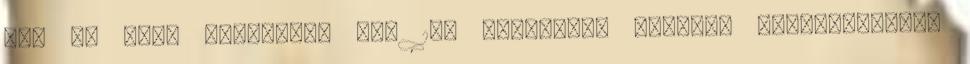
KSA 4: 75., magyarul: 75. 174 Nietzsche „Minden erőcentrumnak